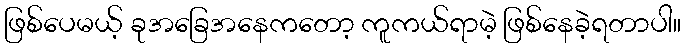
ဖြစ်ပေမယ့် ခုအခြေအနေကတော့ ကူကယ်ရာမဲ့ ဖြစ်နေခဲ့ရတာပါ။